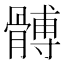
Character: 髆